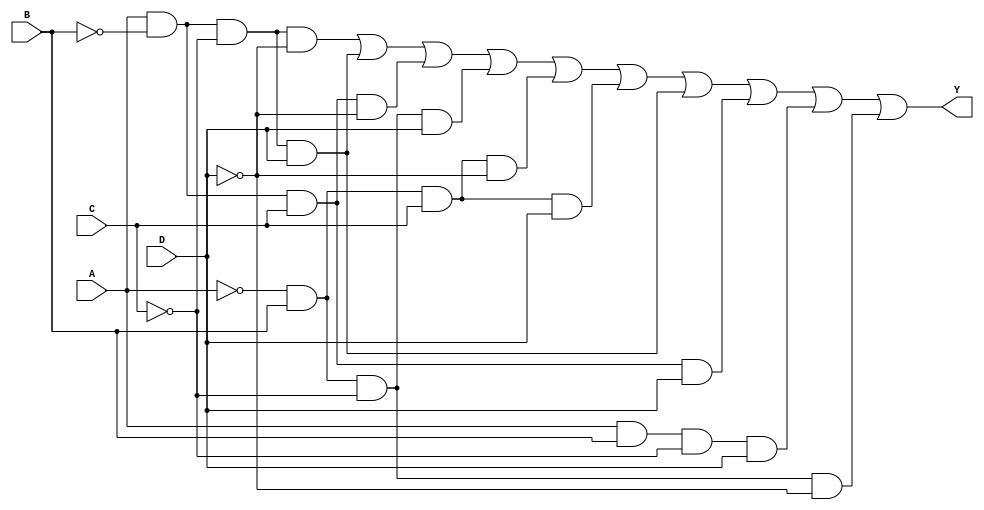
module kmap_4var (
    input wire A,  // First variable
    input wire B,  // Second variable
    input wire C,  // Third variable
    input wire D,  // Fourth variable
    output wire Y  // Output
);

// Define the output Y based on the K-map simplification
assign Y = (A & ~B & ~C & ~D) |  // minterm 0
           (A & ~B & ~C & D)  |  // minterm 1
           (A & ~B & C & ~D)  |  // minterm 2
           (~A & B & ~C & D)  |  // minterm 5
           (~A & B & C & ~D)  |  // minterm 6
           (~A & B & C & D)   |  // minterm 7
           (A & ~B & ~C & D)  |  // minterm 8
           (A & ~B & C & D)   |  // minterm 9
           (A & B & ~C & D)   |  // minterm 10
           (~A & B & ~C & ~D); // minterm 14

endmodule